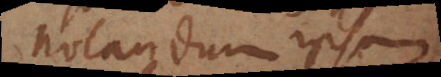
notandum ipsum